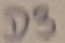
Text: D3